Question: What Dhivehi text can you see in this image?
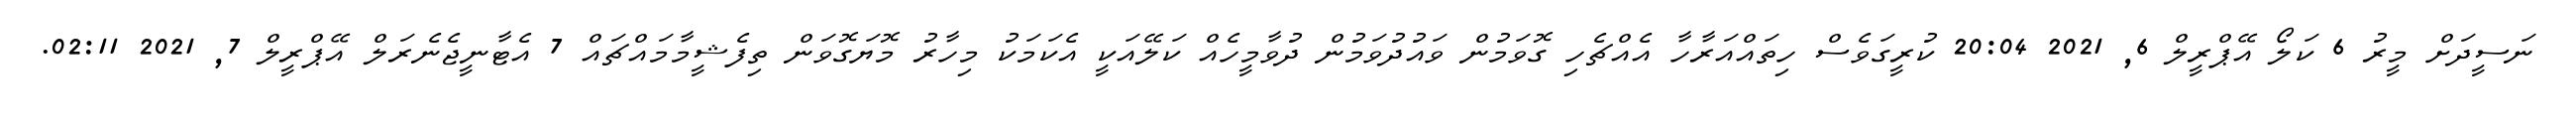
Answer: ނަސީދަށް މީރު 6 ކަލޯ އޭޕްރީލް 6, 2021 20:04 ކުރީގަވެސް ހިތައްއަރާހާ އެއްޗެހި ގޮވަމުން ވައުދުވަމުން ދުވާމީހެއް ކަލޭއަކީ އެކަމަކު މިހާރު މޮޔަގޮވަން ތިފެޝީމާމައްޗައް 7 އެޓާނީޖެނެރަލް އޭޕްރީލް 7, 2021 02:11.